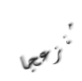
منزعجا